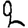
Digit: 2